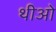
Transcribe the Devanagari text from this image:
थीओ